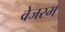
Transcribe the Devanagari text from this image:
वेजरम